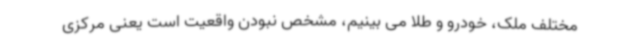
مختلف ملک، خودرو و طلا می بینیم، مشخص نبودن واقعیت است یعنی مرکزی